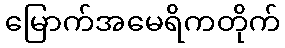
မြောက်အမေရိကတိုက်